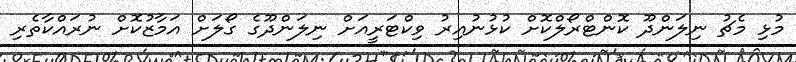
މުޅި މެޗު ނިލަންދޫ ކޮންޓްރޯލްކޮށް ކުޅުނުއިރު ވިކްޓަރީއަށް ނިލަންދޫގެ ގޯލަށް އަމާޒުކޮށް ނުރައްކާތެރި